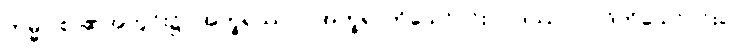
ကမ္မဝါစာ၏အတွင်း၌။ အက္ခရဿဝါ၊ အက္ခရာကိုသော်၎င်း။ ပဒဿဝါ၊ ပုဒ်ကိုသော်၎င်း။